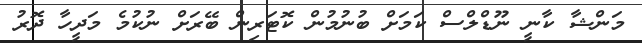
މަންޝާ ކާނީ ނޫޑްލްސް ކަމަށް ބުނުމުން ކޮޓަރިން ބޭރަށް ނުކުމެ މަދީހާ ދޮރު